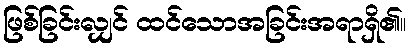
ဖြစ်ခြင်းလျှင် ထင်သောအခြင်းအရာရှိ၏။